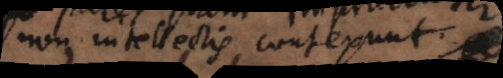
non intellectis contexunt.